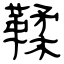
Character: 鞣